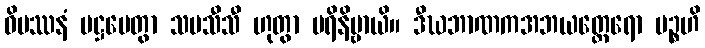
ဝိပဿနံ ပဋ္ဌပေတွာ သမသီသီ ဟုတွာ ပရိနိဗ္ဗာယိ။ ဒီဃဘာဏကအဘယတ္ထေရော ပဉ္စဟိ